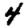
Digit: 4